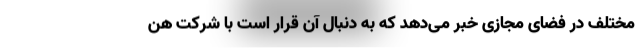
مختلف در فضای مجازی خبر می‌دهد که به دنبال آن قرار است با شرکت هن